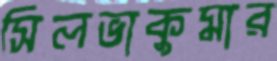
সিলভাকুমার